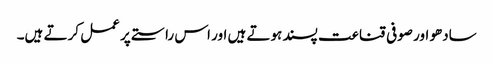
سادھو اور صوفی قناعت پسند ہوتے ہیں اور اس راستے پر عمل کرتے ہیں۔